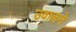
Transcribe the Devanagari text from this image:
उवालने